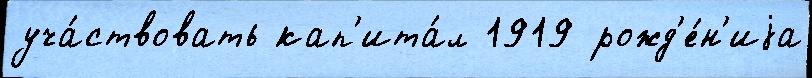
уча́ствовать кап'ита́л 1919 рожд'е́н'иjа